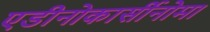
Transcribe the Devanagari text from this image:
एडीनोकार्सीनोमा